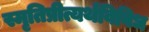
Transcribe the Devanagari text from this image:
स्मृतिप्रीत्यर्थविविध